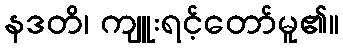
နဒတိ၊ ကျူးရင့်တော်မူ၏။